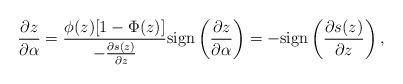
LaTeX: \begin{align*}\frac{\partial z}{\partial \alpha}&=\frac{\phi(z)[1-\Phi(z)]}{-\frac{\partial s(z)}{\partial z}}\mathrm{sign}\left(\frac{\partial z}{\partial \alpha}\right)=-\mathrm{sign}\left(\frac{\partial s(z)}{\partial z}\right),\end{align*}